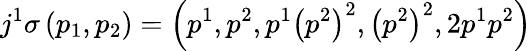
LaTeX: j^{1}\sigma\left(p_{1},p_{2}\right)=\left(p^{1},p^{2},p^{1}\left(p^{2}\right)^{2},\left(p^{2}\right)^{2},2p^{1}p^{2}\right)